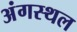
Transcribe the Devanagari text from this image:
अंगस्थल